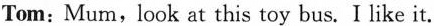
Tom:Mum,look at this toy bus. I like it.